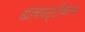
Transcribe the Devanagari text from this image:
धावपट्टीवरच